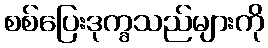
စစ်ပြေးဒုက္ခသည်များကို